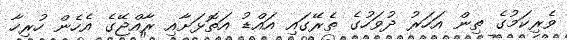
ވެރިކަމުގެ ތިން އަހަރު ދުވަހުގެ ތެރޭގައި އައްޑު އަތޮޅަށާއި ރާއްޖޭގެ އެހެން ހުރިހާ